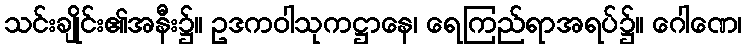
သင်းချိုင်း၏အနီး၌။ ဥဒကဝါသုကဋ္ဌာနေ၊ ရေကြည်ရာအရပ်၌။ ဂေါဏေ၊